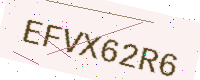
Text: EFVX62R6